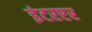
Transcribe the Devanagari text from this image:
इंटरप्टर